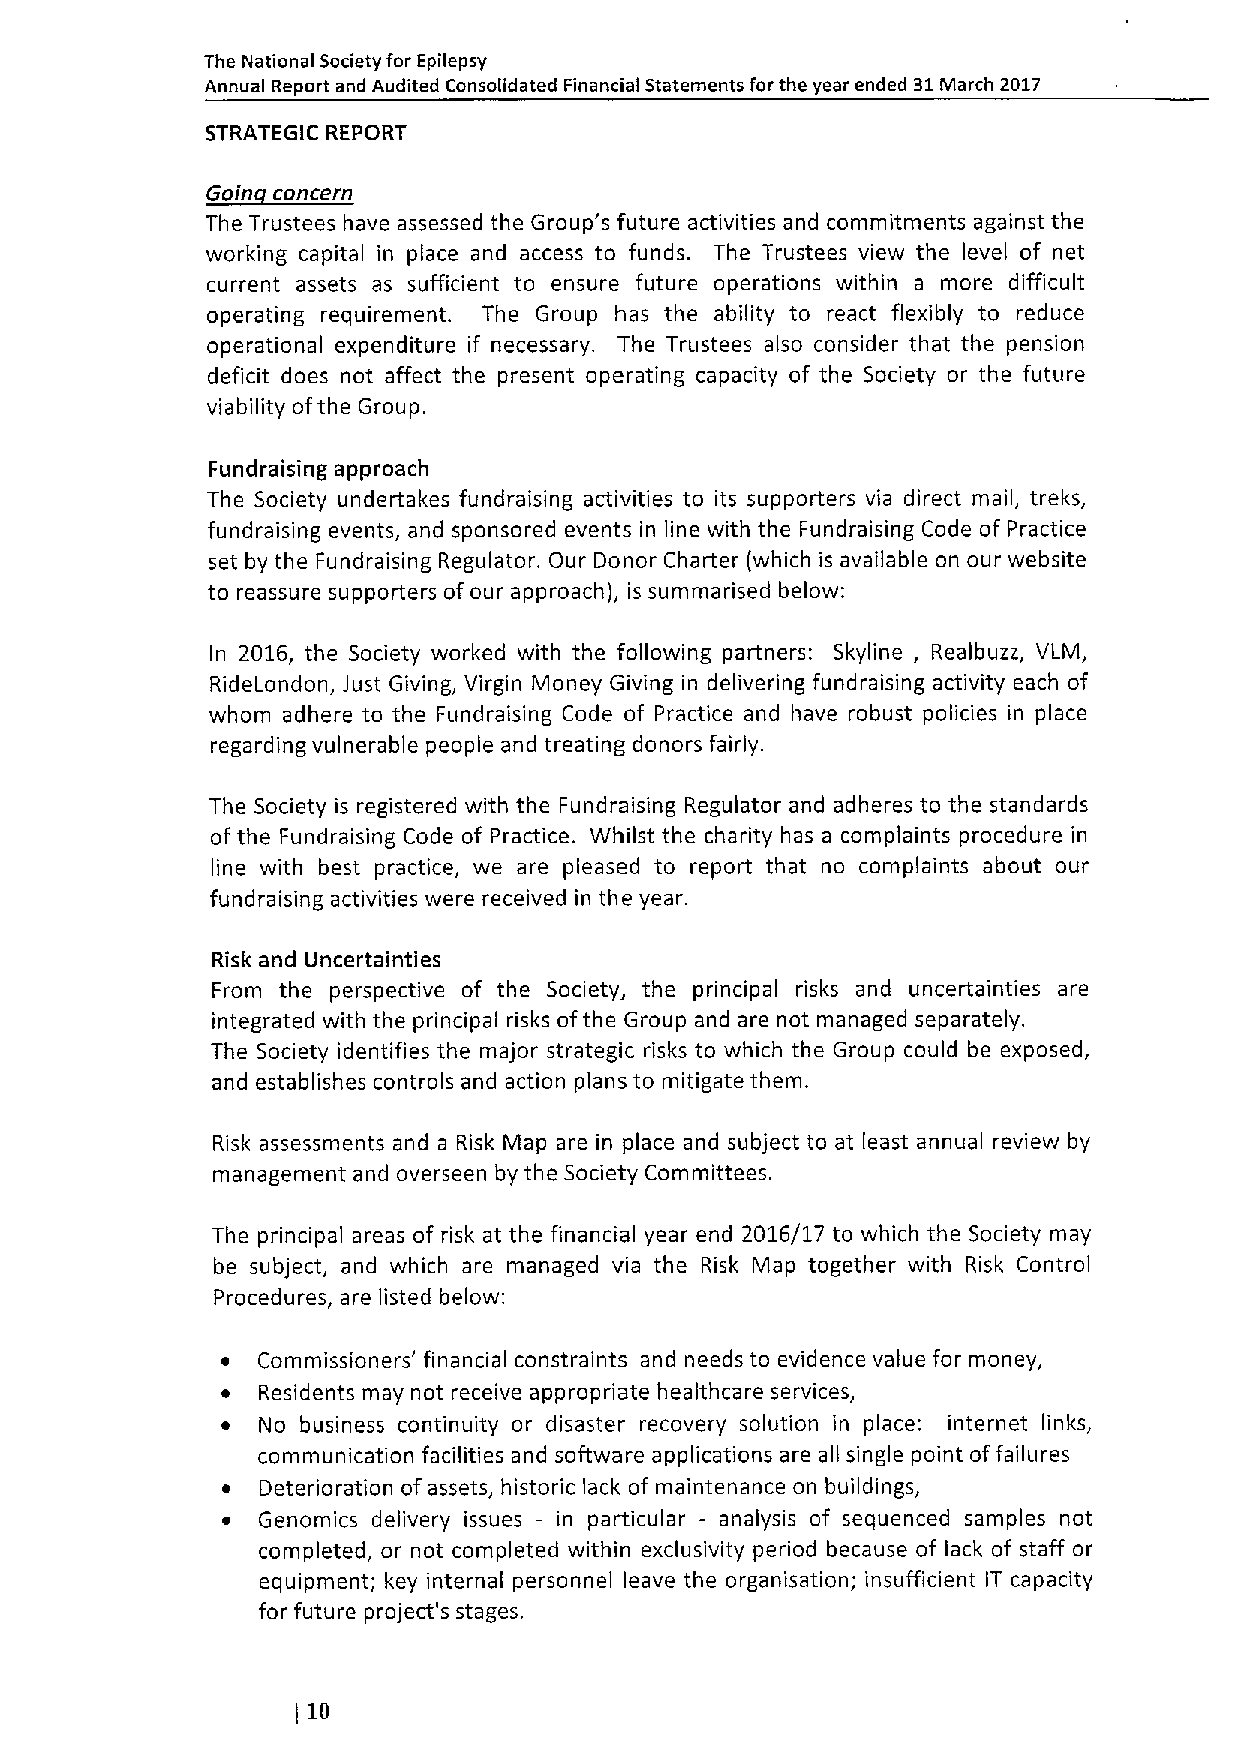
The National Society for Epilepsy
 Annual Report and Audited Consolidated Financial Statements for the year ended 31March 2017
 STRATEGIC REPORT
 G~i
 The Trustees have assessed the Group's future activities and commitments against the
 working capital in place and access to funds. The Trustees view the level of net
 current assets as sufficient to ensure future operations within a more difficult
 operating requirement. The Group has the ability to react flexibly to reduce
 operational expenditure if necessary. The Trustees also consider that the pension
 deficit does not affect the present operating capacity of the Society or the future
 viability ofthe Group.
 Fundraising approach
 The Society undertakes fundraising activities to its supporters via direct mail, treks,
 fundraising events, and sponsored events in line with the Fundraising Code of Practice
 set by the Fundraising Regulator. Our Donor Charter (which is available on our website
 to reassure supporters of our approach), is summarised below:
 In 2016, the Society worked with the following partners: Skyline, Realbuzz, VLM,
 RideLondon, Just Giving, Virgin Money Giving in delivering fundraising activity each of
 whom adhere to the Fundraising Code of Practice and have robust policies in place
 regarding vulnerable people and treating donors fairly.
 The Society is registered with the Fundraising Regulator and adheres to the standards
 of the Fundraising Code of Practice. Whilst the charity has a complaints procedure in
 line with best practice, we are pleased to report that no complaints about our
 fundraising activities were received in the year.
 Risk and Uncertainties
 From the perspective of the Society, the principal risks and uncertainties are
 integrated with the principal risks ofthe Group and are not managed separately.
 The Society identifies the major strategic risks to which the Group could be exposed,
 and establishes controls and action plans to mitigate them.
 Risk assessments and a Risk Map are in place and subject to at least annual review by
 management and overseen by the Society Committees.
 The principal areas of risk at the financial year end 2016/17 to which the Society may
 be subject, and which are managed via the Risk Map together with Risk Control
 Procedures, are listed below:
 ~ Commissioners' financial constraints and needs to evidence value for money,
 ~ Residents may not receive appropriate healthcare services,
 ~ No business continuity or disaster recovery solution in place: internet links,
 communication facilities and software applications are all single point offailures
 ~ Deterioration ofassets, historic lack of maintenance on buildings,
 ~ Genomics delivery issues — in particular - analysis of sequenced samples not
 completed, or not completed within exclusivity period because of lack of staff or
 equipment; key internal personnel leave the organisation; insufficient IT capacity
 for future project's stages.